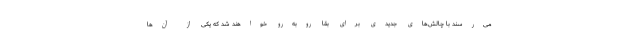
می‌رسند با چالش‌های جدیدی برای بقا روبه‌رو خواهند شد که یکی از آن‌ها